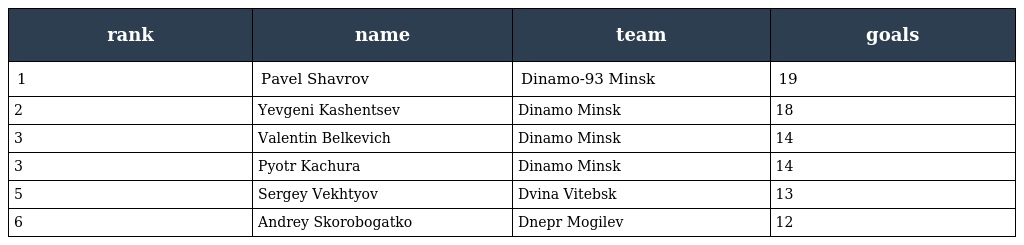
| rank | name | team | goals |
 | --- | --- | --- | --- |
 | 1 | Pavel Shavrov | Dinamo-93 Minsk | 19 |
 | 2 | Yevgeni Kashentsev | Dinamo Minsk | 18 |
 | 3 | Valentin Belkevich | Dinamo Minsk | 14 |
 | 3 | Pyotr Kachura | Dinamo Minsk | 14 |
 | 5 | Sergey Vekhtyov | Dvina Vitebsk | 13 |
 | 6 | Andrey Skorobogatko | Dnepr Mogilev | 12 |